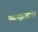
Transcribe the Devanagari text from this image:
फळझाडांना